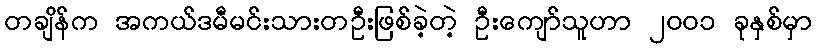
တချိန်က အကယ်ဒမီမင်းသားတဦးဖြစ်ခဲ့တဲ့ ဦးကျော်သူဟာ ၂၀၀၁ ခုနှစ်မှာ